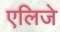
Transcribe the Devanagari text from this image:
एलिजे